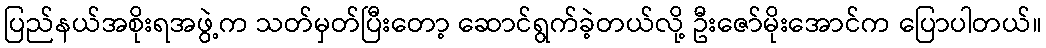
ပြည်နယ်အစိုးရအဖွဲ့က သတ်မှတ်ပြီးတော့ ဆောင်ရွက်ခဲ့တယ်လို့ ဦးဇော်မိုးအောင်က ပြောပါတယ်။